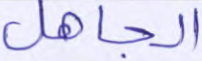
الجاهل